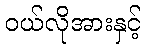
ဝယ်လိုအားနှင့်